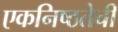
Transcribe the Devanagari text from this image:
एकनिष्ठतेची